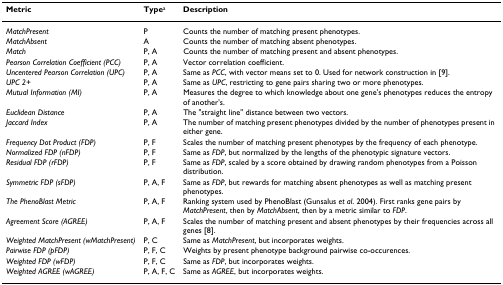
<table><thead><tr><td><b>Metric</b></td><td><b>Type<sup>a</sup></b></td><td><b>Description</b></td></tr></thead><tbody><tr><td><i>MatchPresent</i></td><td>P</td><td>Counts the number of matching present phenotypes.</td></tr><tr><td><i>MatchAbsent</i></td><td>A</td><td>Counts the number of matching absent phenotypes.</td></tr><tr><td><i>Match</i></td><td>P, A</td><td>Counts the number of matching present and absent phenotypes.</td></tr><tr><td><i>Pearson Correlation Coefficient (PCC)</i></td><td>P, A</td><td>Vector correlation coefficient.</td></tr><tr><td><i>Uncentered Pearson Correlation (UPC)</i></td><td>P, A</td><td>Same as <i>PCC</i>, with vector means set to 0. Used for network construction in [9].</td></tr><tr><td><i>UPC 2+</i></td><td>P, A</td><td>Same as <i>UPC</i>, restricting to gene pairs sharing two or more phenotypes.</td></tr><tr><td><i>Mutual Information (MI)</i></td><td>P, A</td><td>Measures the degree to which knowledge about one gene&#x27;s phenotypes reduces the entropy of another&#x27;s.</td></tr><tr><td><i>Euclidean Distance</i></td><td>P, A</td><td>The &quot;straight line&quot; distance between two vectors.</td></tr><tr><td><i>Jaccard Index</i></td><td>P, A</td><td>The number of matching present phenotypes divided by the number of phenotypes present in either gene.</td></tr><tr><td><i>Frequency Dot Product (FDP)</i></td><td>P, F</td><td>Scales the number of matching present phenotypes by the frequency of each phenotype.</td></tr><tr><td><i>Normalized FDP (nFDP)</i></td><td>P, F</td><td>Same as <i>FDP</i>, but normalized by the lengths of the phenotypic signature vectors.</td></tr><tr><td><i>Residual FDP (rFDP)</i></td><td>P, F</td><td>Same as <i>FDP</i>, scaled by a score obtained by drawing random phenotypes from a Poisson distribution.</td></tr><tr><td><i>Symmetric FDP (sFDP)</i></td><td>P, A, F</td><td>Same as <i>FDP</i>, but rewards for matching absent phenotypes as well as matching present phenotypes.</td></tr><tr><td><i>The PhenoBlast Metric</i></td><td>P, A, F</td><td>Ranking system used by PhenoBlast (Gunsalus <i>et al</i>. 2004). First ranks gene pairs by <i>MatchPresent</i>, then by <i>MatchAbsent</i>, then by a metric similar to <i>FDP</i>.</td></tr><tr><td><i>Agreement Score (AGREE)</i></td><td>P, A, F</td><td>Scales the number of matching present and absent phenotypes by their frequencies across all genes [8].</td></tr><tr><td><i>Weighted MatchPresent (wMatchPresent)</i></td><td>P, C</td><td>Same as <i>MatchPresent</i>, but incorporates weights.</td></tr><tr><td><i>Pairwise FDP (pFDP)</i></td><td>P, F, C</td><td>Weights by present phenotype background pairwise co-occurences.</td></tr><tr><td><i>Weighted FDP (wFDP)</i></td><td>P, F, C</td><td>Same as <i>FDP</i>, but incorporates weights.</td></tr><tr><td><i>Weighted AGREE (wAGREE)</i></td><td>P, A, F, C</td><td>Same as <i>AGREE</i>, but incorporates weights.</td></tr></tbody></table>